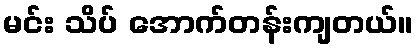
မင်း သိပ် အောက်တန်းကျတယ်။